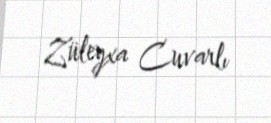
Züleyxa Cuvarlı